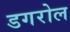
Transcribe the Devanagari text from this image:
डगरोल